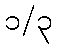
၁/၃